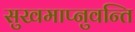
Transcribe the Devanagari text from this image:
सुखमाप्नुवन्ति